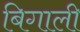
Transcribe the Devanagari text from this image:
बिगाली